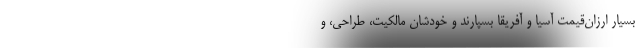
بسیار ارزان‌قیمتِ آسیا و آفریقا بسپارند و خودشان مالکیت، طراحی، و